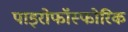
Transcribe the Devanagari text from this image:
पाइरोफॉस्फोरिक